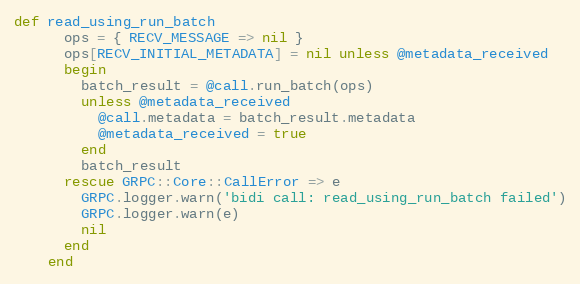
Language: Ruby
def read_using_run_batch
      ops = { RECV_MESSAGE => nil }
      ops[RECV_INITIAL_METADATA] = nil unless @metadata_received
      begin
        batch_result = @call.run_batch(ops)
        unless @metadata_received
          @call.metadata = batch_result.metadata
          @metadata_received = true
        end
        batch_result
      rescue GRPC::Core::CallError => e
        GRPC.logger.warn('bidi call: read_using_run_batch failed')
        GRPC.logger.warn(e)
        nil
      end
    end